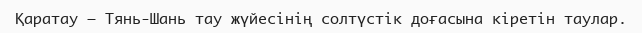
Қаратау – Тянь-Шань тау жүйесінің солтүстік доғасына кіретін таулар.